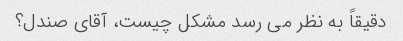
دقیقاً به نظر می رسد مشکل چیست، آقای صندل؟